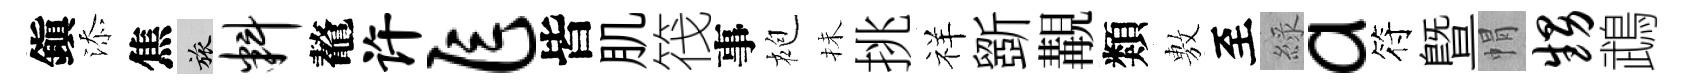
鎭添焦旅料鼇许乍皆肌筏事袍抺挑祥斵覯類𢾾至綠a符暨㡌甥鵡